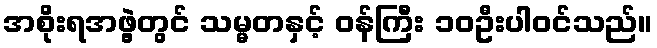
အစိုးရအဖွဲ့တွင် သမ္မတနှင့် ဝန်ကြီး ၁၀ဦးပါဝင်သည်။